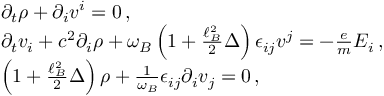
\begin{array} { r l } & { \partial _ { t } \rho + \partial _ { i } v ^ { i } = 0 \, , } \\ & { \partial _ { t } v _ { i } + c ^ { 2 } \partial _ { i } \rho + \omega _ { B } \left( 1 + \frac { \ell _ { B } ^ { 2 } } { 2 } \Delta \right) \epsilon _ { i j } v ^ { j } = - \frac { e } { m } E _ { i } \, , } \\ & { \left( 1 + \frac { \ell _ { B } ^ { 2 } } { 2 } \Delta \right) \rho + \frac { 1 } { \omega _ { B } } \epsilon _ { i j } \partial _ { i } v _ { j } = 0 \, , } \end{array}